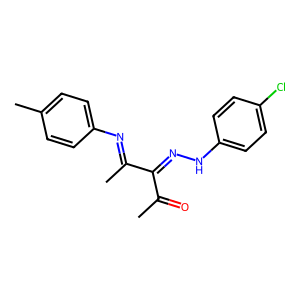
SMILES: CC(=O)C(=NNc1ccc(Cl)cc1)C(C)=Nc1ccc(C)cc1
Inhibits HIV replication: No